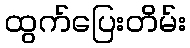
ထွက်ပြေးတိမ်း